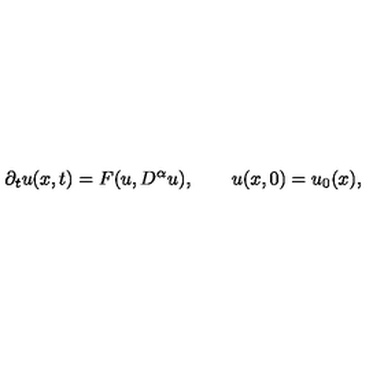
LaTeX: { \partial _ { t } } u ( x , t ) = F ( u , { D ^ { \alpha } } u ) , \qquad u ( x , 0 ) = { u _ { 0 } } ( x ) ,